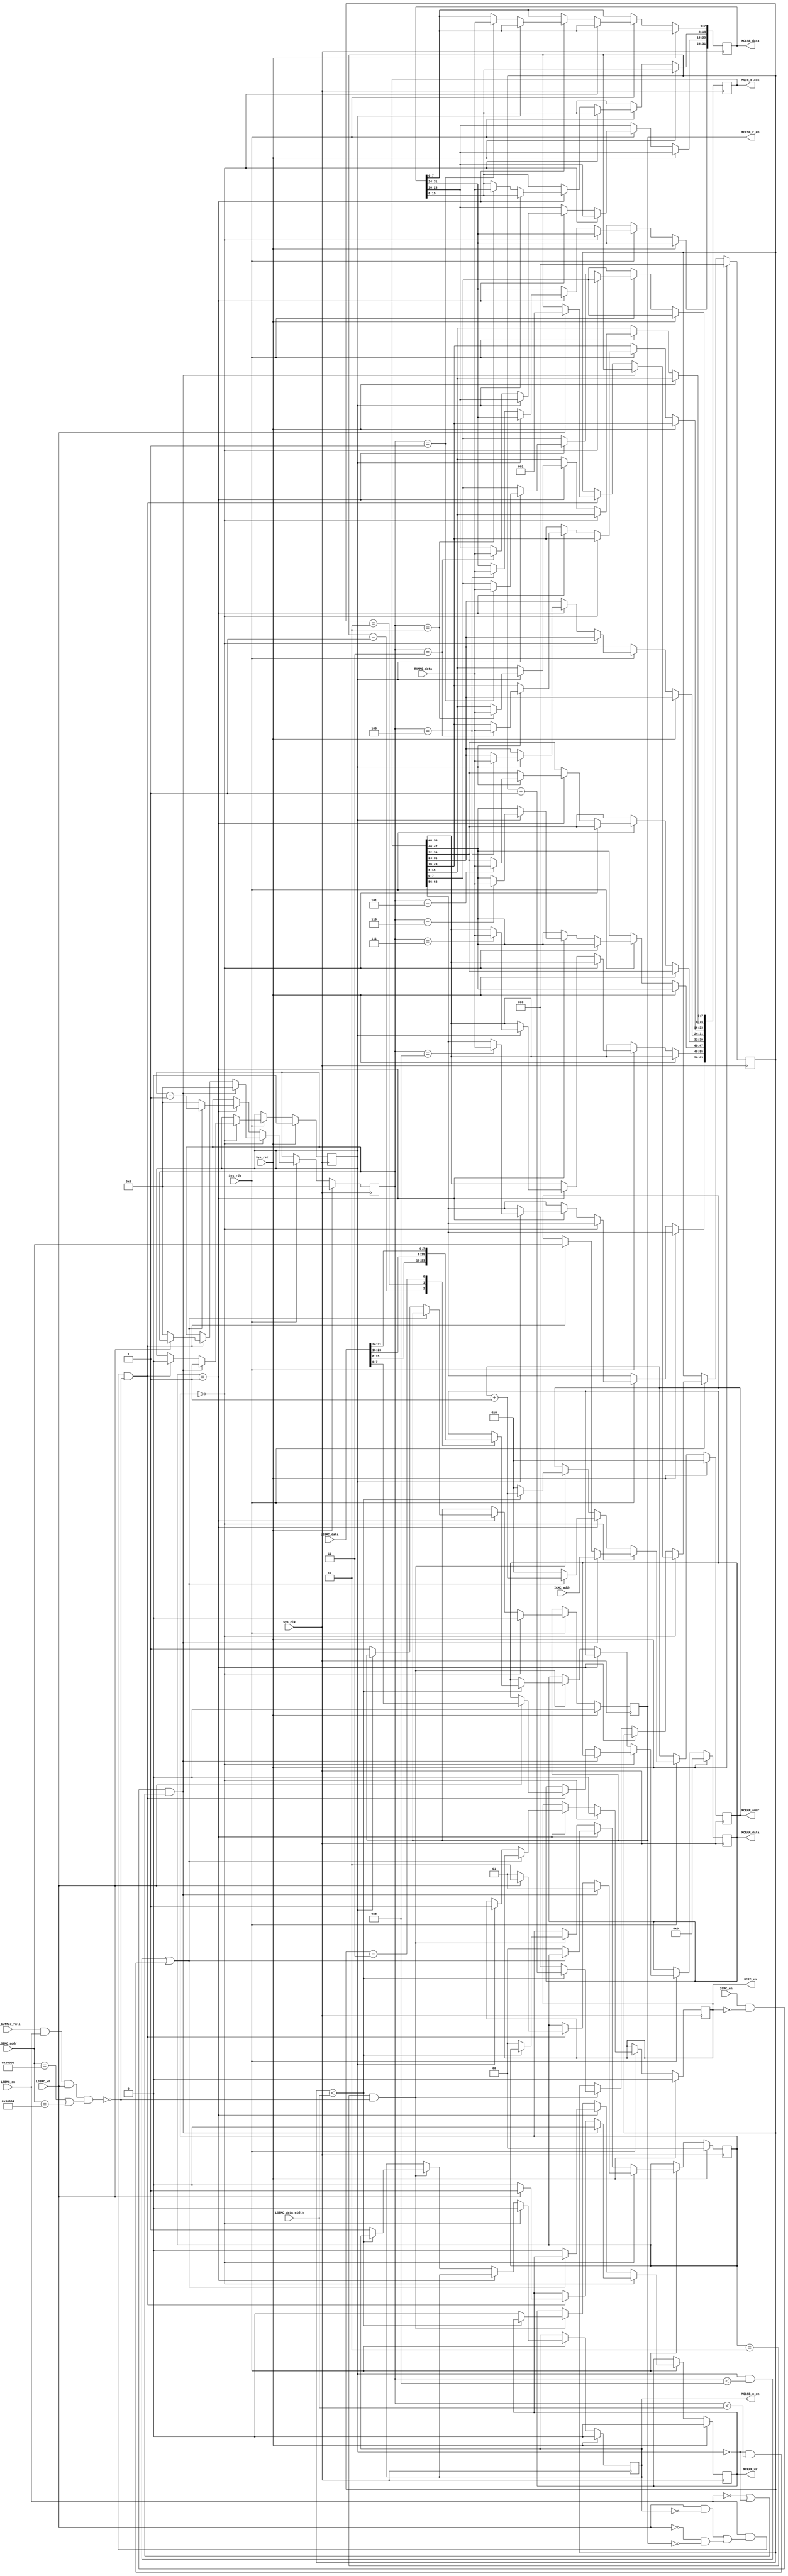
module MemController #(
    parameter BLOCK_WIDTH = 1,  //a block has 2^1 instructions
    parameter BLOCK_SIZE = 1 << BLOCK_WIDTH,
    parameter CACHE_WIDTH = 8,  //a cache has 2^8 blocks
    parameter BLOCK_NUM = 1 << CACHE_WIDTH,
    parameter ADDR_WIDTH = 32,
    parameter REG_WIDTH = 5,
    parameter EX_REG_WIDTH = 6,  //extra one bit for empty reg
    parameter NON_REG = 6'b100000,
    parameter RoB_WIDTH = 4,
    parameter EX_RoB_WIDTH = 5,
    parameter LSB_WIDTH = 3,
    parameter EX_LSB_WIDTH = 4,
    parameter LSB_SIZE = 1 << LSB_WIDTH,
    parameter NON_DEP = 1 << RoB_WIDTH,  //no dependency
    parameter LSB = 0,
    ICACHE = 1,  //last_serve
    parameter IDLE = 0,
    READ = 1,
    WRITE = 2  //MC_state
) (
    //sys
    input wire Sys_clk,
    input wire Sys_rst,
    input wire Sys_rdy,

    //ram
    input wire [7:0] RAMMC_data,  // data from ram
    input wire io_buffer_full,  // 1 if uart buffer is full. can't write/read to 0x30000 now.
    output reg [7:0] MCRAM_data,  // data output bus
    output reg [ADDR_WIDTH - 1:0] MCRAM_addr,  // address bus (only 17:0 is used)
    output reg MCRAM_wr,  // write/read signal (1 for write)

    //ICache
    input  wire                         ICMC_en,
    input  wire [     ADDR_WIDTH - 1:0] ICMC_addr,
    output reg                          MCIC_en,
    output reg  [32 * BLOCK_SIZE - 1:0] MCIC_block,

    //LSB
    input  wire                    LSBMC_en,
    input  wire                    LSBMC_wr,          // 0:read,1:write
    input  wire [             2:0] LSBMC_data_width,  //0:byte,1:hw,2:w
    input  wire [            31:0] LSBMC_data,
    input  wire [ADDR_WIDTH - 1:0] LSBMC_addr,
    output reg                     MCLSB_r_en,
    output reg                     MCLSB_w_en,
    output reg  [            31:0] MCLSB_data
);

  reg [1:0] MC_state;  //IDLE,READ,WRITE
  reg [3 + BLOCK_WIDTH - 1:0] r_byte_num;  //a block has 4*BLOCK_SIZE bytes
  reg [2:0] w_byte_num;  //write byte num
  reg last_serve;  //LSB or ICACHE
  wire stop_write;  // 1 if uart buffer is full write to address 0x30000 or 0x30004.

  assign stop_write = io_buffer_full && LSBMC_en && LSBMC_wr && (LSBMC_addr == 32'h30000 || LSBMC_addr == 32'h30004);

  always @(posedge Sys_clk) begin
    if (Sys_rst) begin
      MC_state <= IDLE;
      last_serve <= LSB;
      r_byte_num <= 0;
      w_byte_num <= 0;
      MCLSB_r_en <= 0;
      MCLSB_w_en <= 0;
      MCIC_en <= 0;
      MCRAM_data <= 0;
      MCRAM_wr <= 0;
      MCRAM_addr <= 0;
      //check
    end else if (Sys_rdy) begin
      if (MC_state == IDLE) begin
        MCLSB_r_en <= 0;
        MCLSB_w_en <= 0;
        MCIC_en <= 0;
        if (ICMC_en && !MCIC_en && (!LSBMC_en || last_serve == LSB)) begin  //serve for icache
          MC_state   <= READ;
          r_byte_num <= 0;
          last_serve <= ICACHE;
          MCRAM_addr <= ICMC_addr;
          MCRAM_wr   <= 0;  //read
        end else if (LSBMC_en &&((LSBMC_wr && !MCLSB_w_en)||(!LSBMC_wr && !MCLSB_r_en)) && !stop_write) begin  //serve for LSB
          MC_state   <= LSBMC_wr ? WRITE : READ;
          last_serve <= LSB;
          MCRAM_addr <= LSBMC_addr;
          MCRAM_wr   <= LSBMC_wr ? 1 : 0;
          if (LSBMC_wr) begin  //write
            w_byte_num <= 1;
            MCRAM_data <= LSBMC_data[7:0];
          end else begin  //read
            r_byte_num <= 0;  //read result will be returned in the next cycle! so the next posedge Ram start to read, and one more posedge Ram finish reading the first byte
          end
        end
      end else if (MC_state == READ) begin
        // if ((!LSBMC_en && last_serve == LSB) || (!ICMC_en && last_serve == IC)) begin
        //   MC_state   <= IDLE;
        //   r_byte_num <= 0;
        //   if (last_serve == LSB) begin
        //     MCLSB_en <= 0;
        //   end else begin
        //     MCIC_en <= 0;
        //   end
        //   attention why interruption ?
        // end else begin
        //attention if BLOCK_WIDTH changed, the following code should be changed
        // MCIC_block[r_byte_num*8+7 : r_byte_num*8] <= RAMMC_data; 
        if (last_serve == ICACHE) begin
          case (r_byte_num)
            1: MCIC_block[7:0] <= RAMMC_data;
            2: MCIC_block[15:8] <= RAMMC_data;
            3: MCIC_block[23:16] <= RAMMC_data;
            4: MCIC_block[31:24] <= RAMMC_data;
            5: MCIC_block[39:32] <= RAMMC_data;
            6: MCIC_block[47:40] <= RAMMC_data;
            7: MCIC_block[55:48] <= RAMMC_data;
            8: MCIC_block[63:56] <= RAMMC_data;
          endcase
        end else begin
          case (r_byte_num)
            1: MCLSB_data[7:0] <= RAMMC_data;
            2: MCLSB_data[15:8] <= RAMMC_data;
            3: MCLSB_data[23:16] <= RAMMC_data;
            4: MCLSB_data[31:24] <= RAMMC_data;
          endcase
        end
        if((last_serve == ICACHE && r_byte_num < 4 * BLOCK_SIZE) || (last_serve == LSB && r_byte_num < LSBMC_data_width)) begin
          r_byte_num <= r_byte_num + 1;
          MCRAM_addr <= MCRAM_addr + 1;
        end else begin  //read finished
          MC_state   <= IDLE;
          MCRAM_wr   <= 0;
          MCRAM_addr <= 0;
          r_byte_num <= 0;
          if (last_serve == ICACHE) begin
            MCIC_en <= 1;
          end else begin
            MCLSB_r_en <= 1;
          end
        end
      end else if (MC_state == WRITE && !stop_write) begin
        // if (!LSBMC_en) begin
        //   MC_state <= IDLE;
        //   w_byte_num <= 0;
        //   MCLSB_en <= 0;
        //explore why interruption ?
        // end else begin
        if (w_byte_num < LSBMC_data_width) begin
          w_byte_num <= w_byte_num + 1;
          MCRAM_addr <= MCRAM_addr + 1;
          case (w_byte_num)
            1: MCRAM_data <= LSBMC_data[15:8];
            2: MCRAM_data <= LSBMC_data[23:16];
            3: MCRAM_data <= LSBMC_data[31:24];
          endcase
        end else begin  //remain byte num == 0, write finished
          MC_state   <= IDLE;
          MCRAM_wr   <= 0;
          MCRAM_addr <= 0;
          MCLSB_w_en <= 1;
          w_byte_num <= 0;
        end
      end
    end
  end

endmodule